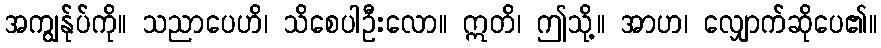
အကျွန်ုပ်ကို။ သညာပေဟိ၊ သိစေပါဦးလော။ ဣတိ၊ ဤသို့။ အာဟ၊ လျှောက်ဆိုပေ၏။